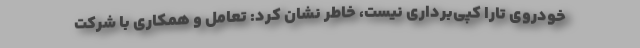
خودروی تارا کپی‌برداری نیست، خاطر نشان کرد: تعامل و همکاری با شرکت